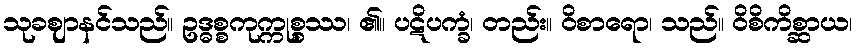
သုခဈာနင်သည်။ ဥဒ္ဓစ္စကုက္ကုစ္စဿ၊ ၏။ ပဋိပက္ခံ၊ တည်း။ ဝိစာရော၊ သည်။ ဝိစိကိစ္ဆာယ၊